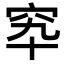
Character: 𥤿